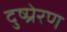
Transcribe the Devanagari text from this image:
दुष्प्रेरण